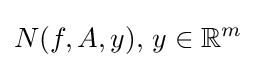
N(f,A,y),\,y\in \mathbb {R} ^{m}